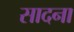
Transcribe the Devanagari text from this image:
सादना